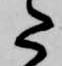
た